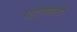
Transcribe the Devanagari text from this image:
पडण्याचें